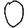
Digit: 0